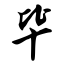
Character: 毕